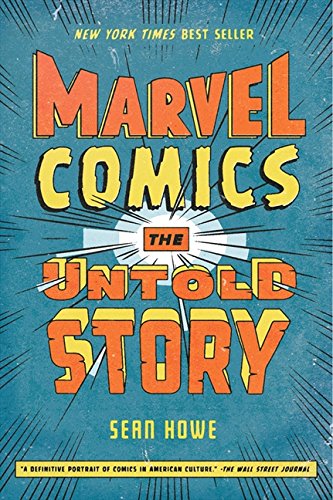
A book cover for Marvel Comics: The Untold Story; Sean Howe; Comics & Graphic Novels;